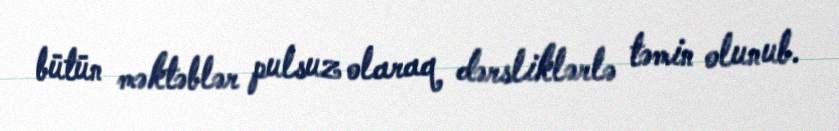
bütün məktəblər pulsuz olaraq dərsliklərlə təmin olunub.